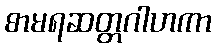
စာမရဆတ္တဂါဟကာ